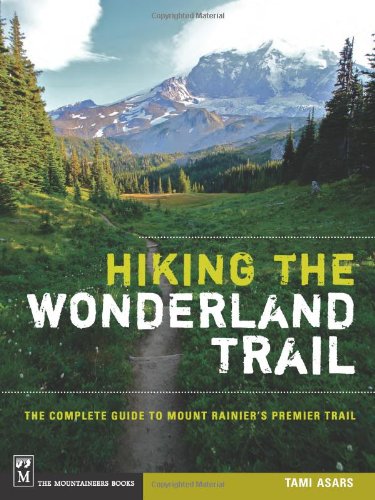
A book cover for Hiking the Wonderland Trail: The Complete Guide to Mount Rainier's Premier Trail; Tami Asars; Sports & Outdoors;